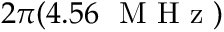
2 \pi ( 4 . 5 6 ~ \mathrm { ~ M ~ H ~ z ~ } )